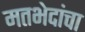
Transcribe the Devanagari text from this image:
मतभेदांचा